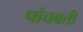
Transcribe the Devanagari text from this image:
पांचबत्ती